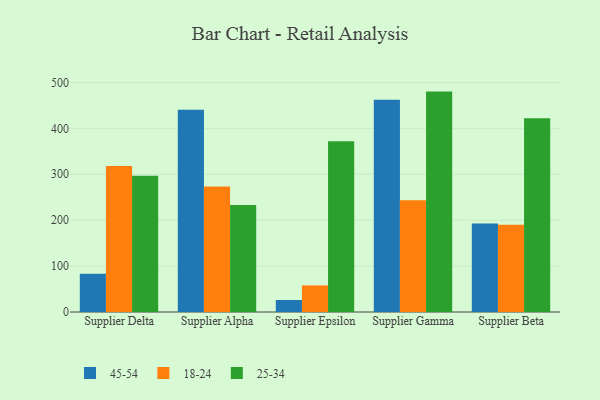
{"axis": {"x": "Supplier", "y": "Temperature (°C)"}, "legend": ["18-24", "25-34", "45-54"], "data": [{"x": "Supplier Delta", "y": 83.5, "type": "45-54"}, {"x": "Supplier Delta", "y": 318.1, "type": "18-24"}, {"x": "Supplier Delta", "y": 296.5, "type": "25-34"}, {"x": "Supplier Alpha", "y": 440.4, "type": "45-54"}, {"x": "Supplier Alpha", "y": 273.1, "type": "18-24"}, {"x": "Supplier Alpha", "y": 233.0, "type": "25-34"}, {"x": "Supplier Epsilon", "y": 26.2, "type": "45-54"}, {"x": "Supplier Epsilon", "y": 57.9, "type": "18-24"}, {"x": "Supplier Epsilon", "y": 371.9, "type": "25-34"}, {"x": "Supplier Gamma", "y": 461.9, "type": "45-54"}, {"x": "Supplier Gamma", "y": 243.4, "type": "18-24"}, {"x": "Supplier Gamma", "y": 479.9, "type": "25-34"}, {"x": "Supplier Beta", "y": 192.5, "type": "45-54"}, {"x": "Supplier Beta", "y": 189.9, "type": "18-24"}, {"x": "Supplier Beta", "y": 422.1, "type": "25-34"}]}